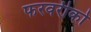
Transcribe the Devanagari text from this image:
फरवरीको